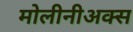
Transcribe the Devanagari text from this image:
मोलीनीअक्स